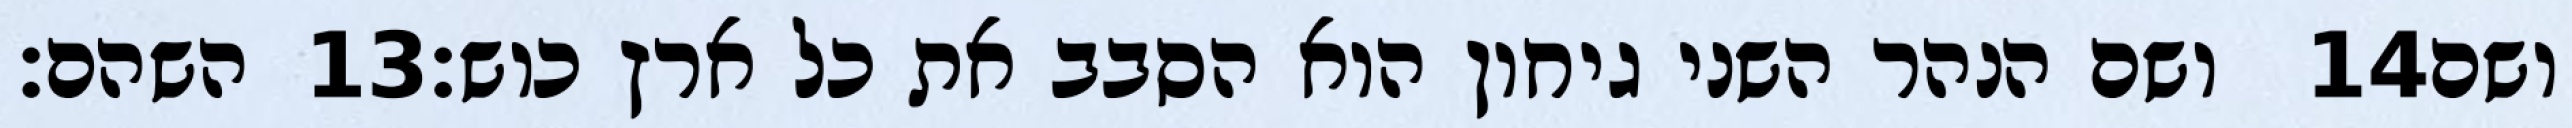
השהם׃ ‎13‏ ושם הנהר השני גיחון הוא הסבב את כל ארץ כוש׃ ‎14‏ ושם